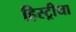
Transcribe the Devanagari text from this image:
हिस्ट्रीया